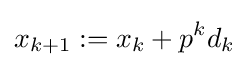
x_{k+1}:=x_{k}+p^{k}d_{k}